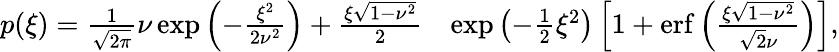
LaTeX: \begin{array}{rl}{p(\xi)=\frac{1}{\sqrt{2\pi}}\nu\exp\left(-\frac{\xi^{2}}{2\nu^{2}}\right)+\frac{\xi\sqrt{1-\nu^{2}}}{2}}&{\exp\left(-\frac{1}{2}\xi^{2}\right)\left[1+\mathrm{erf}\left(\frac{\xi\sqrt{1-\nu^{2}}}{\sqrt{2}\nu}\right)\right],}\end{array}